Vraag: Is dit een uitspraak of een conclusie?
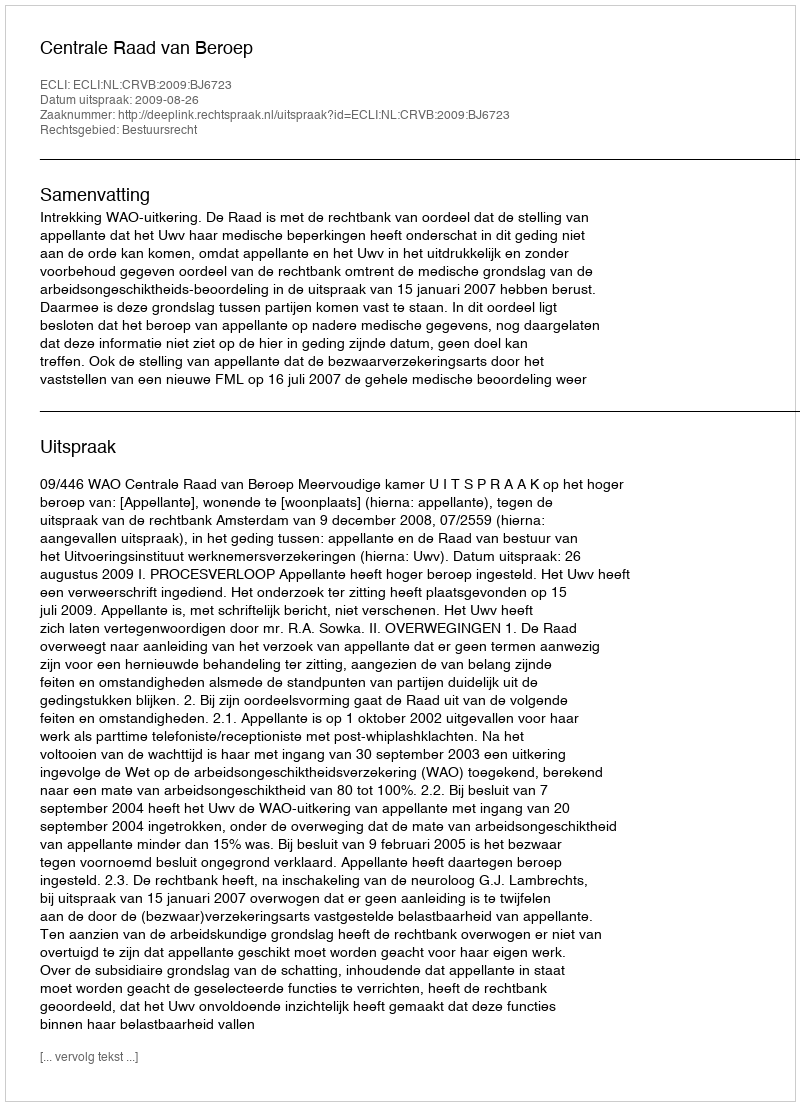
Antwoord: Uitspraak